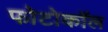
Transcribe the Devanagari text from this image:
फोटोकॉल